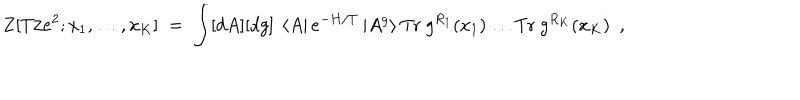
Z [ T / e ^ { 2 } ; x _ { 1 } , \ldots , x _ { K } ] \; = \; \int [ d A ] [ d g ] ~ \left< A \right| e ^ { - H / T } \left| A ^ { g } \right> \mathrm { T r } ~ g ^ { R _ { 1 } } ( x _ { 1 } ) \ldots \mathrm { T r } ~ g ^ { R _ { K } } ( x _ { K } ) ~ ~ ,